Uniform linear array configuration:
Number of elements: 8
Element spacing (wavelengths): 0.5
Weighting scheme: binomial
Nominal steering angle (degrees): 45
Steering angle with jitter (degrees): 43.533
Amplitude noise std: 0.05
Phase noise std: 0.05

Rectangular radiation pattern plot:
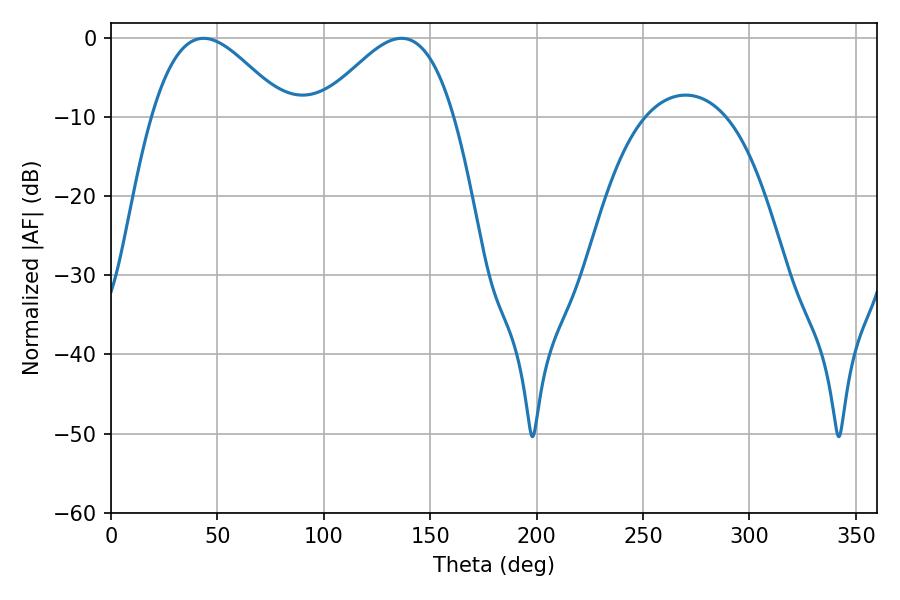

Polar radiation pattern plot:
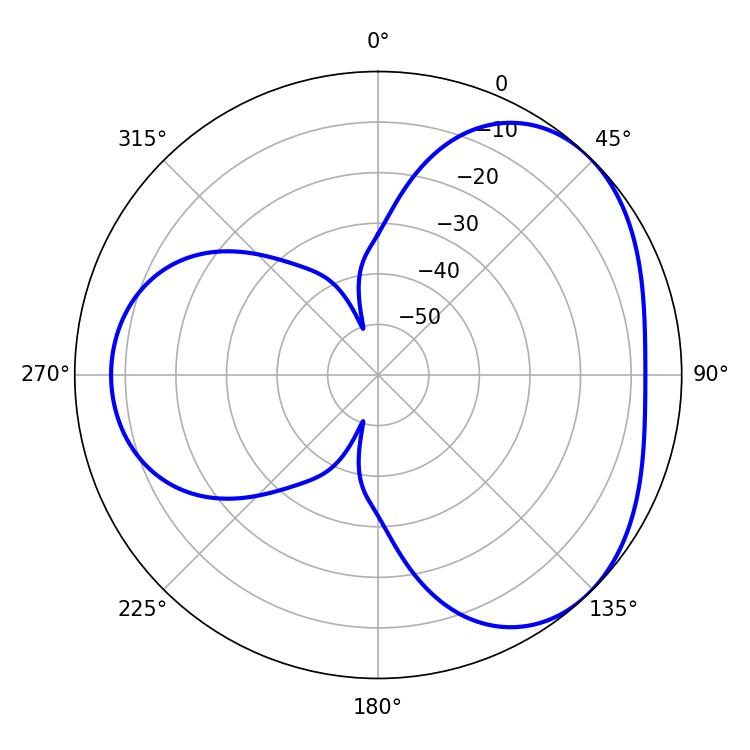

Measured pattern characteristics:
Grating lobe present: FALSE
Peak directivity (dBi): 3.773
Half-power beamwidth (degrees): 33.84
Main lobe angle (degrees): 43.56